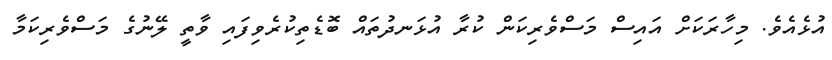
އުޅެއެވެ. މިހާރަކަށް އައިސް މަސްވެރިކަން ކުރާ އުޅަނދުތައް ބޮޑެތިކުރެވިފައި ވާތީ ލޭނުގެ މަސްވެރިކަމާ